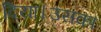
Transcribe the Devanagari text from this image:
दिया।उसका